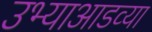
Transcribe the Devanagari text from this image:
उभ्याआडव्या